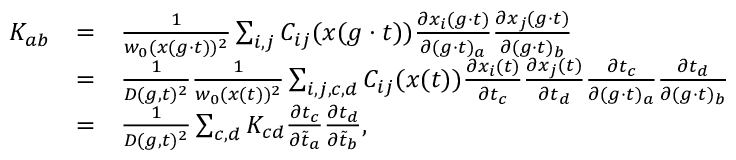
\begin{array} { r l r l } & { K _ { a b } } & { = } & { \frac { 1 } { w _ { 0 } ( x ( g \cdot t ) ) ^ { 2 } } \sum _ { i , j } C _ { i j } ( x ( g \cdot t ) ) \frac { \partial x _ { i } ( g \cdot t ) } { \partial ( g \cdot t ) _ { a } } \frac { \partial x _ { j } ( g \cdot t ) } { \partial ( g \cdot t ) _ { b } } } \\ & { } & { = } & { \frac { 1 } { D ( g , t ) ^ { 2 } } \frac { 1 } { w _ { 0 } ( x ( t ) ) ^ { 2 } } \sum _ { i , j , c , d } C _ { i j } ( x ( t ) ) \frac { \partial x _ { i } ( t ) } { \partial t _ { c } } \frac { \partial x _ { j } ( t ) } { \partial t _ { d } } \frac { \partial t _ { c } } { \partial ( g \cdot t ) _ { a } } \frac { \partial t _ { d } } { \partial ( g \cdot t ) _ { b } } } \\ & { } & { = } & { \frac { 1 } { D ( g , t ) ^ { 2 } } \sum _ { c , d } K _ { c d } \frac { \partial t _ { c } } { \partial \tilde { t } _ { a } } \frac { \partial t _ { d } } { \partial \tilde { t } _ { b } } , } \end{array}